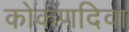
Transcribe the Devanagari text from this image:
कोकणदिवा